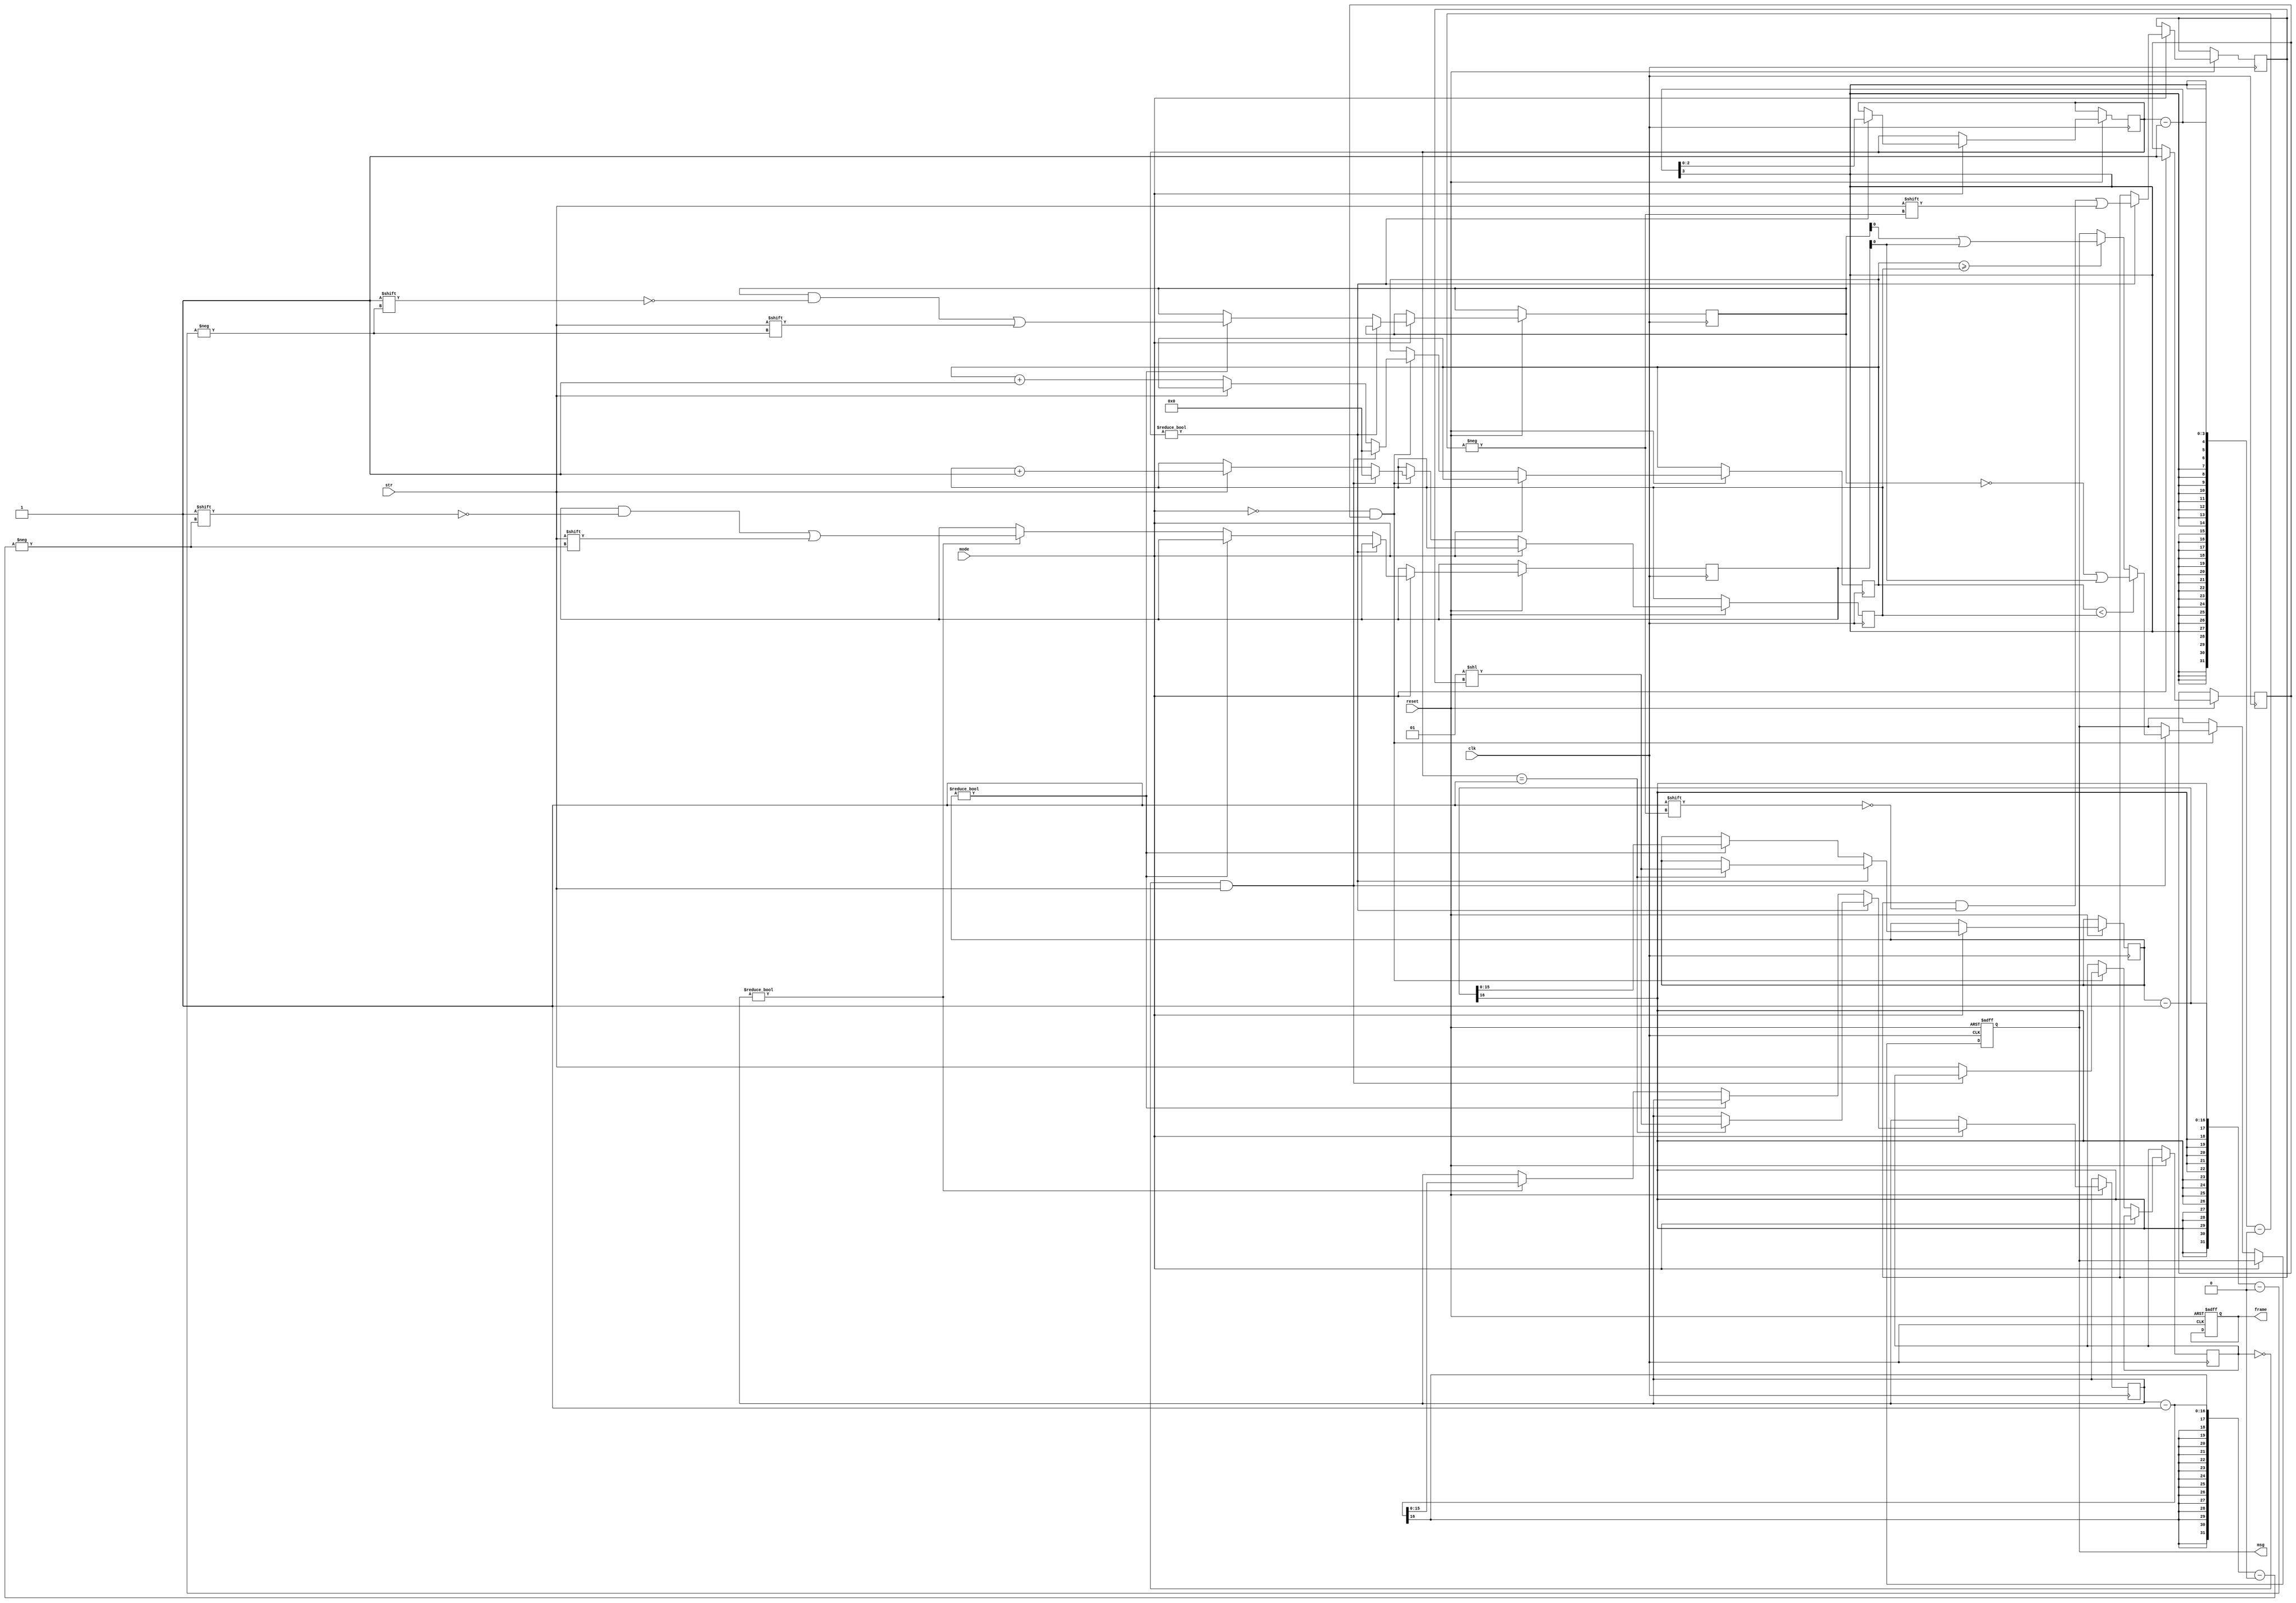
// Created by F. Afentaki
// Revision 1.1

module SAM (str, mode, clk, reset, msg, frame);
	
	//input
	input str;
	input mode;
	input clk;
	input reset;
	
	//output
	output reg msg;
	output reg frame;
	
	reg [3:0] n = 4'b0000;
	reg [31:0] d = 32'b00;
	reg [31:0] capsN = 32'b0;
	
	reg[2:0] counter0 = 3'b100;		//log2(n) = log2(4) = 2 bits +1 reverse
	reg[15:0] counter1 = 16'b0;		//log2( 2^max(n) )=log2( 2^ 1111)=log2(2^15) = 15 bits +1 reverse
	reg[15:0] counter2 = 16'b0;

	reg[15:0] countZeros = 16'b0;		//log2(n) = log2(4) = 2 bits
	reg[15:0] countOnes = 16'b0;		//log2( 2^max(n) )=log2( 2^ 1111)=log2(2^15) = 15 bits
	reg[5:0] bitPeriod = 6'b0;
	
	reg prevBit = 1'b0;
	reg[15:0] msgSize = 16'b0;
	reg status = 1'b1;
	
	reg configured = 1'b0;

	
	always @(posedge clk, negedge reset) begin
     
		if (!reset) begin msg <= 0; frame <=0; end
		else if (mode) begin 				
			if(counter0) 
				begin  
					n[counter0-1] <= str; 
					counter0 <= counter0-1; 
					if(counter0==3'b001) begin
						#1 counter1 <= 2**n; 		//logw paralilias 
						#1 counter2 <= 2**n;
					end
				end
			else if(counter1) 
				begin  
					d[counter1-1]<= str; 
					counter1<= counter1-1; 
				end
			else if(counter2) 
				begin  
					capsN[counter2-1]<= str; 
					counter2<= counter2-1; 
				end	
			configured <= 1'b1;
		end		
		else if (!mode&configured) begin 
		//#1	status = (!prevBit)&str;
			if(prevBit==1'b0 && str == 1'b1) begin
				if(countZeros<countOnes) begin
				//	msg <= (crypto[]^d)|capsN;
					msg <= (!d)|capsN;				// 1^d = !d
				end
				else if(countZeros>=countOnes) begin
					msg <= (d)|capsN;				// 0^d = d
				end
			countZeros <= 15'b0;
			countOnes <= 15'b0;
			bitPeriod <= 1'b0;
			end
			
			else  begin						// 01	=>	a'b 
				if(str==1'b1) begin
					countOnes <= countOnes+1;
				end
				else if(str==1'b0) begin
					countZeros <= countZeros+1;				
				end
				bitPeriod <= bitPeriod+1;
				prevBit <= str;

			end
			
	
		end
   
	
	end

endmodule